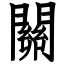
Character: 關